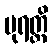
ပုရတ္ထိ